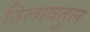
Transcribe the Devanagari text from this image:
तिलावतुल